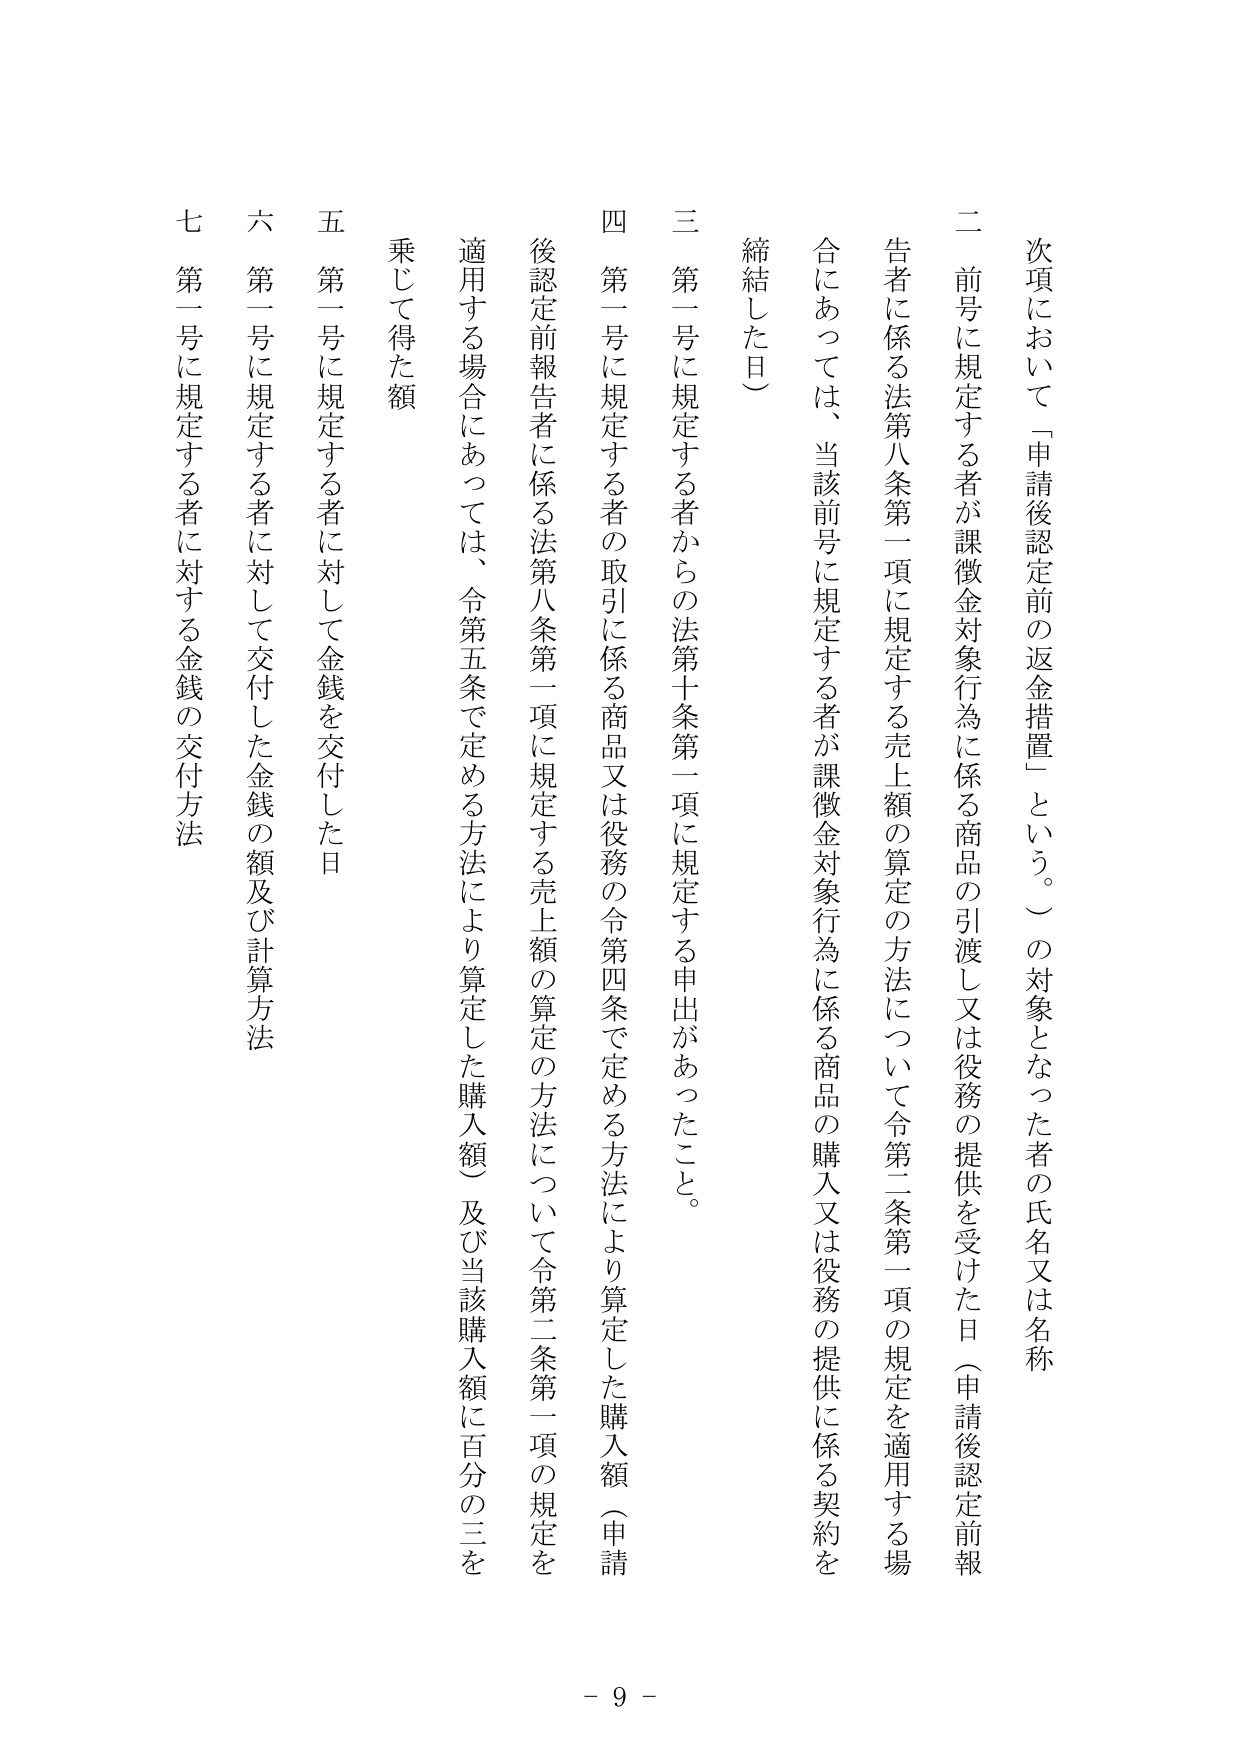
次項において「申請後認定前の返金措置」という。）の対象となった者の氏名又は名称
二 前号に規定する者が課徴金対象行為に係る商品の引渡し又は役務の提供を受けた日（申請後認定前報告者に係る法第八条第一項に規定する売上額の算定の方法について令第二条第一項の規定を適用する場合にあっては、当該前号に規定する者が課徴金対象行為に係る商品の購入又は役務の提供に係る契約を締結した日）
三 第一号に規定する者からの法第十条第一項に規定する申出があったこと。
四 第一号に規定する者の取引に係る商品又は役務の令第四条で定める方法により算定した購入額（申請後認定前報告者に係る法第八条第一項に規定する売上額の算定の方法について令第二条第一項の規定を適用する場合にあっては、令第五条で定める方法により算定した購入額）及び当該購入額に百分の三を乗じて得た額
五 第一号に規定する者に対して金銭を交付した日
六 第一号に規定する者に対して交付した金銭の額及び計算方法
七 第一号に規定する者に対する金銭の交付方法
- 9 -